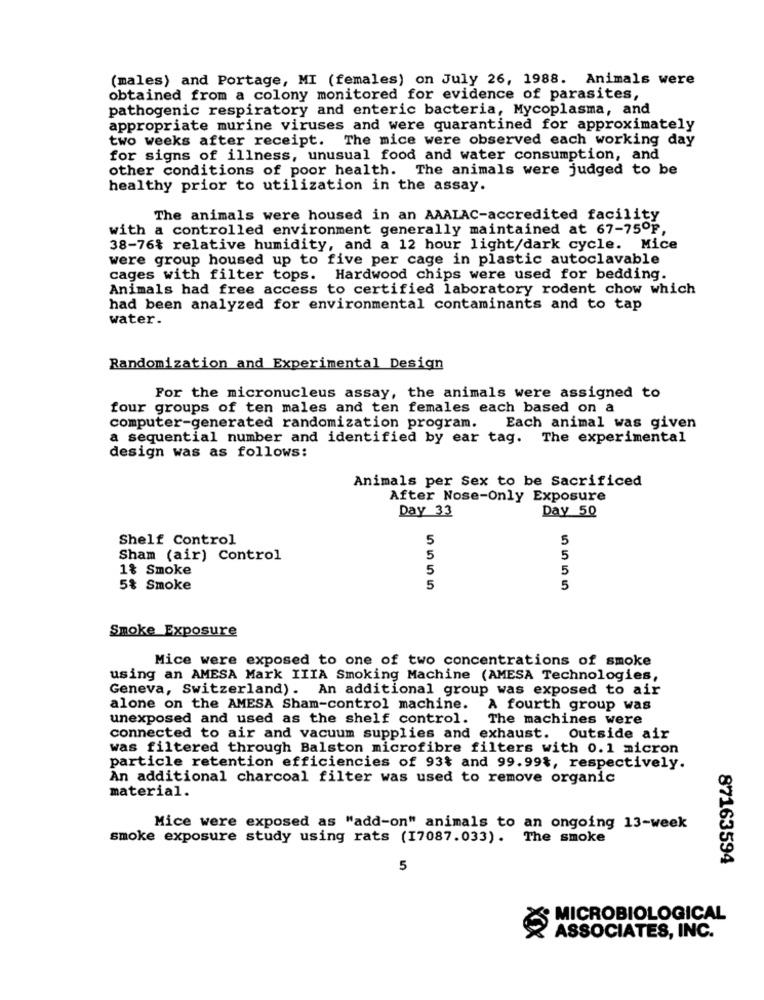
(males) and Portage, MI (females) on July 26, 1988. Animals were
obtained from a colony monitored for evidence of parasites,
pathogenic respiratory and enteric bacteria, Mycoplasma, and
appropriate murine viruses and were quarantined for approximately
two weeks after receipt. The mice were observed each working day
for signs of illness, unusual food and water consumption, and
other conditions of poor health. The animals were judged to be
healthy prior to utilization in the assay.
The animals were housed in an AAALAC-accredited facility
with a controlled environment generally maintained at 67-75ºF,
38-76% relative humidity, and a 12 hour light/dark cycle. Mice
were group housed up to five per cage in plastic autoclavable
cages with filter tops. Hardwood chips were used for bedding.
Animals had free access to certified laboratory rodent chow which
had been analyzed for environmental contaminants and to tap
water.
Randomization and Experimental Design
For the micronucleus assay, the animals were assigned to
four groups of ten males and ten females each based on a
computer-generated randomization program.
Each animal was given
a sequential number and identified by ear tag. The experimental
design was as follows:
Animals per Sex to be Sacrificed
After Nose-Only Exposure
Day 33
Day 50
Shelf Control
5
5
Sham (air) Control
5
5
1% Smoke
5
5
5% Smoke
5
5
Smoke_Exposure
Mice were exposed to one of two concentrations of smoke
using an AMESA Mark IIIA Smoking Machine (AMESA Technologies,
Geneva, Switzerland). An additional group was exposed to air
alone on the AMESA Sham-control machine.
A fourth group was
unexposed and used as the shelf control. The machines were
connected to air and vacuum supplies and exhaust. Outside air
was filtered through Balston microfibre filters with 0.1 micron
particle retention efficiencies of 93% and 99.99%, respectively.
An additional charcoal filter was used to remove organic
material.
Mice were exposed as "add-on" animals to an ongoing 13-week
smoke exposure study using rats (17087.033). The smoke
87163594
5
MICROBIOLOGICAL
XXX
ASSOCIATES, INC.